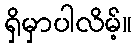
ရှိမှာပါလိမ့်။